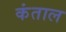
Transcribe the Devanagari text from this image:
कंताल